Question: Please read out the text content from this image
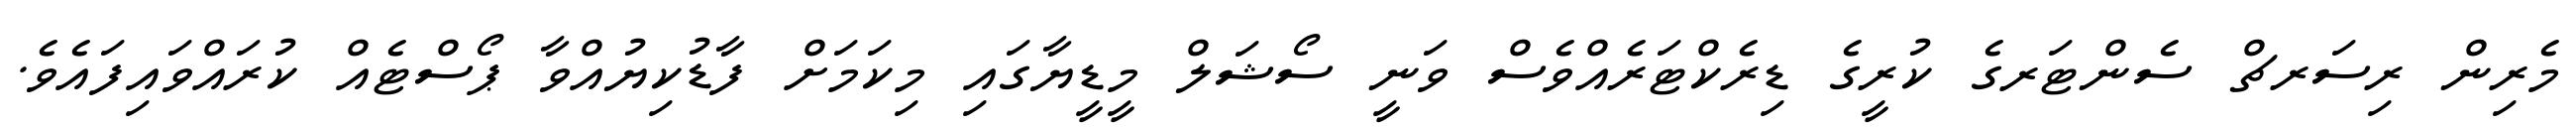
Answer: މެރިން ރިސަރޗް ސެންޓަރގެ ކުރީގެ ޑިރެކްޓަރެއްވެސް ވަނީ ސޯޝަލް މީޑީޔާގައި މިކަމަށް ފާޑުކިޔުއްވާ ޕޯސްޓެއް ކުރައްވައިފައެވެ.